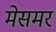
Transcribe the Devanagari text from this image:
मेसमर